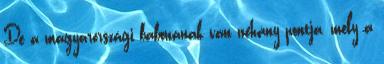
De a magyarországi babonának van néhány pontja, mely a